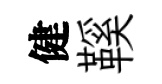
健鞵